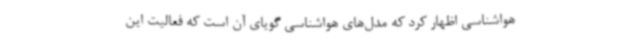
هواشناسی اظهار کرد که مدل‌های هواشناسی گویای آن است که فعالیت این